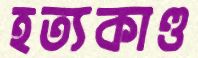
হত্যকাণ্ড